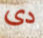
دى